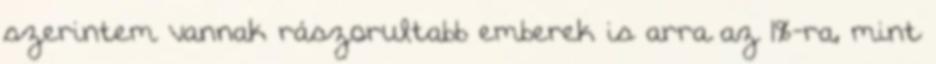
szerintem vannak rászorultabb emberek is arra az 1%-ra, mint